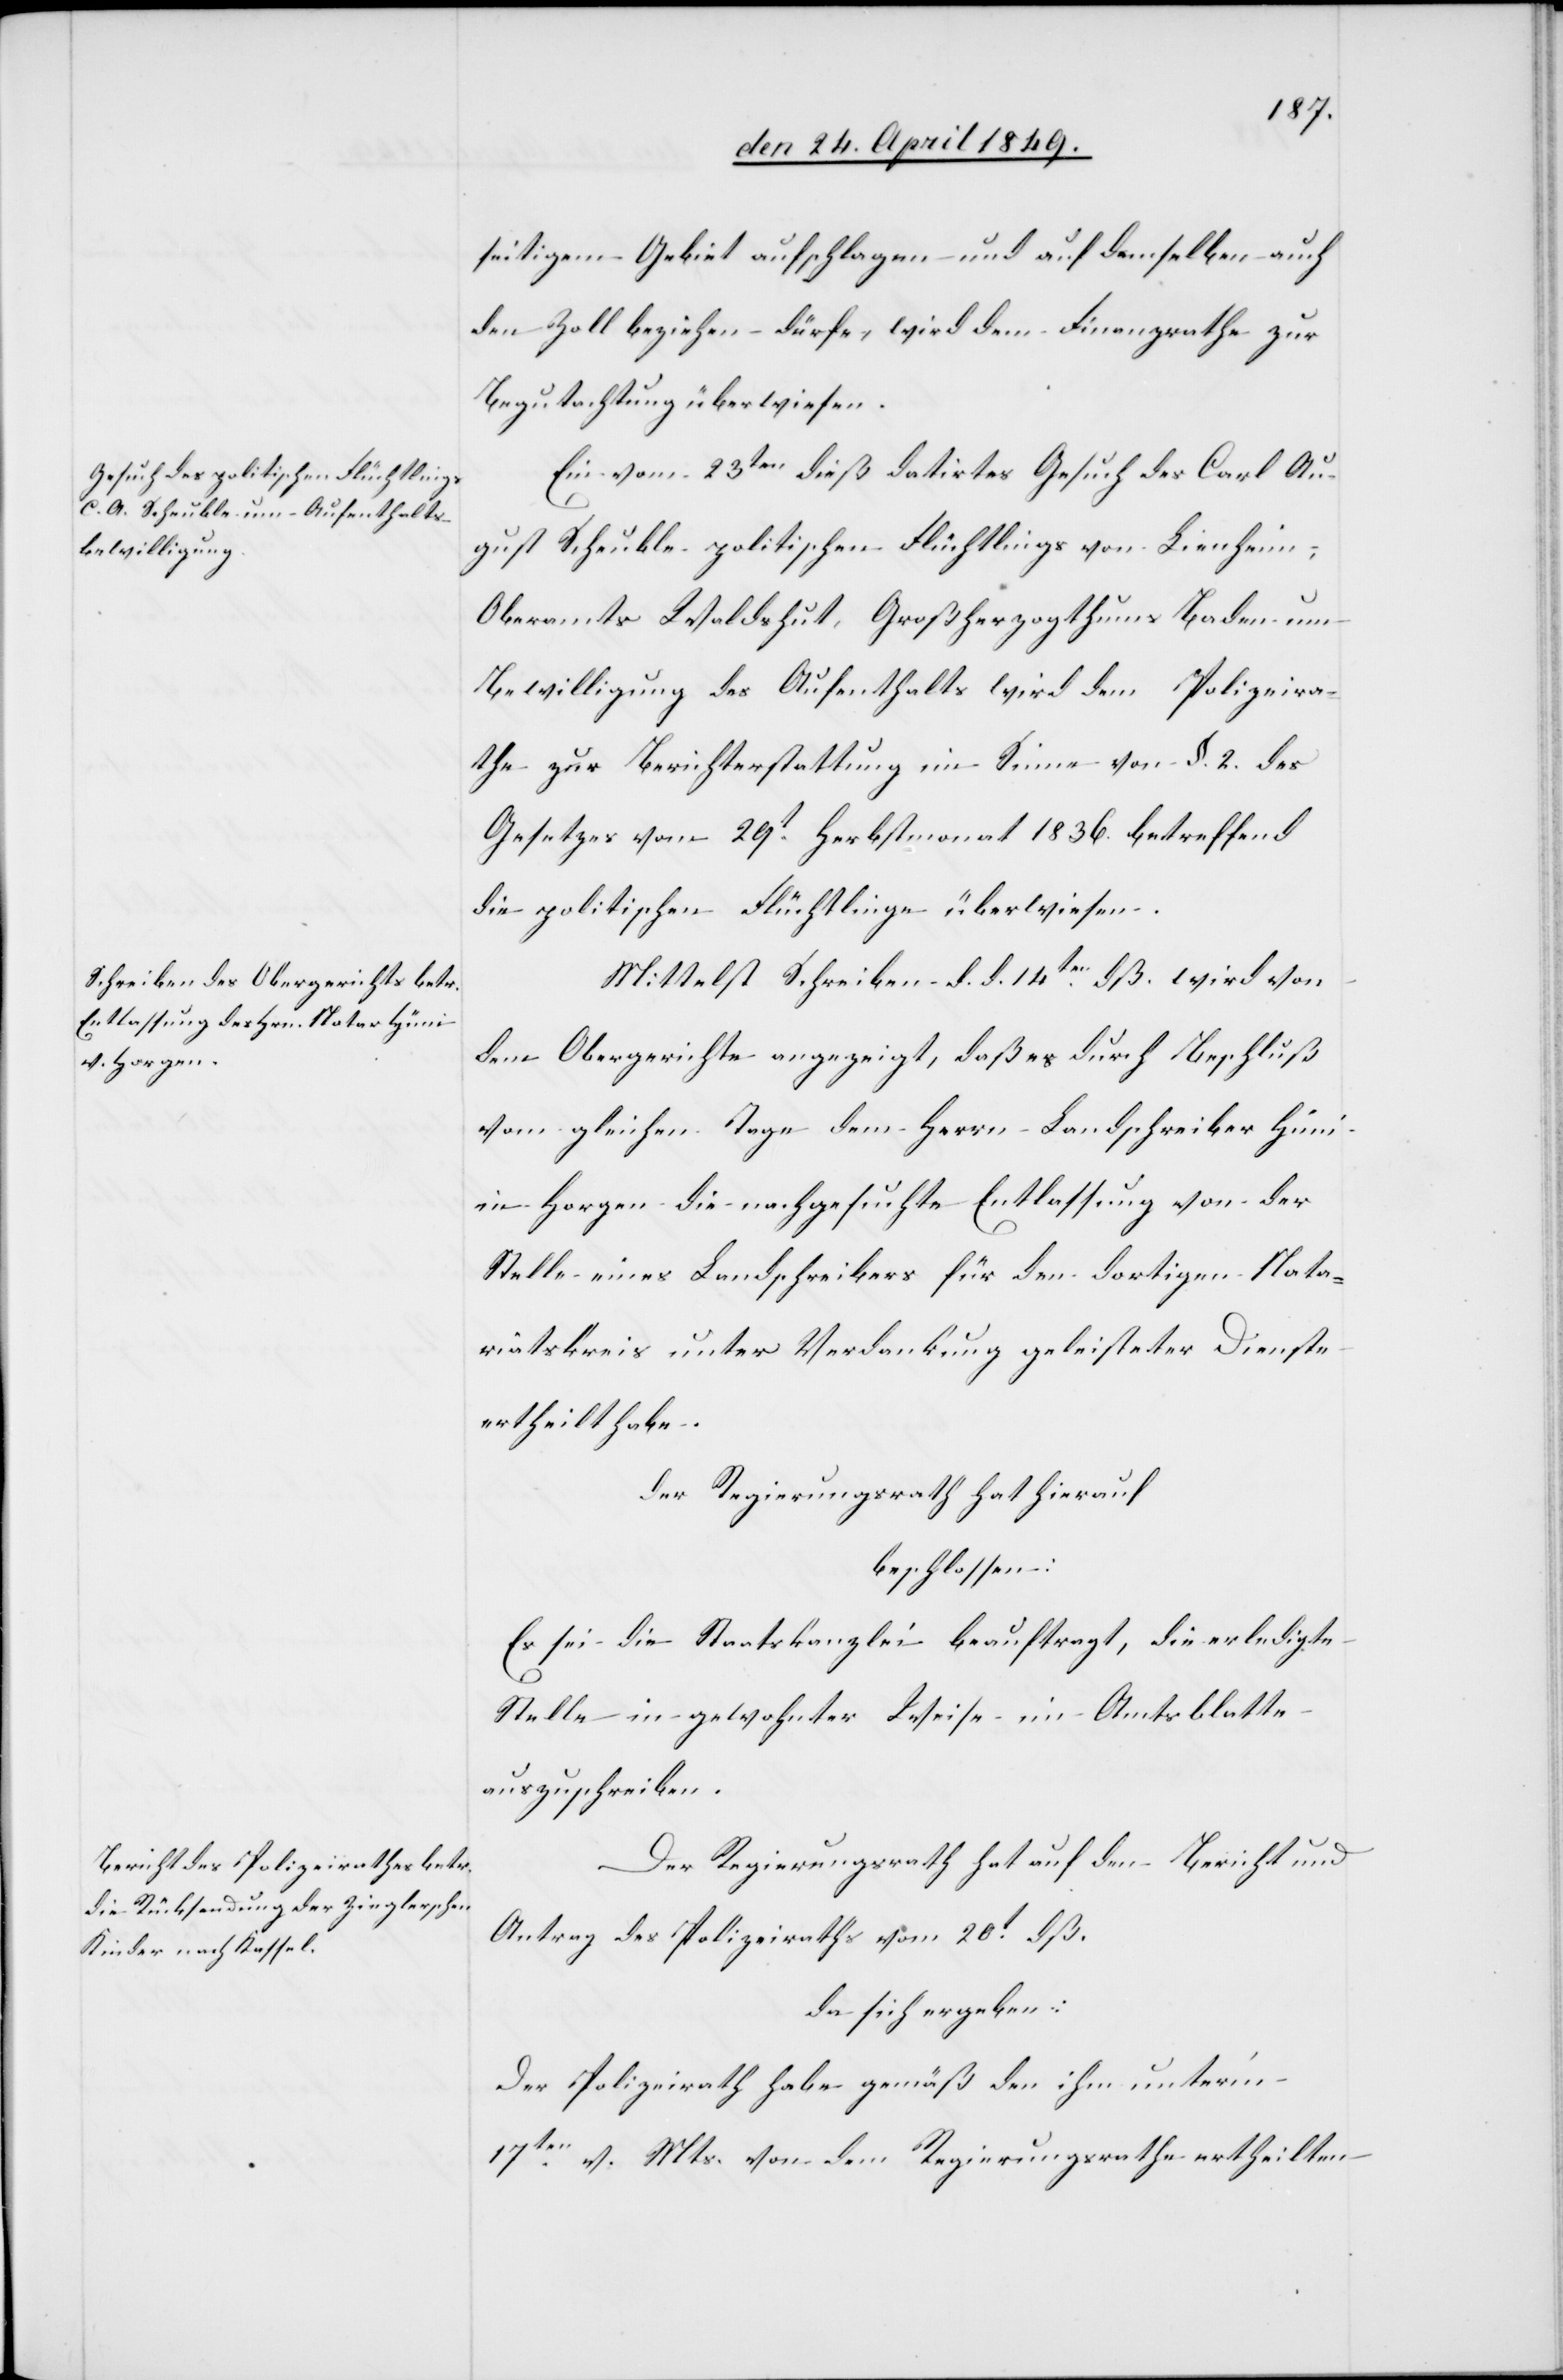
seitigem Gebiet aufschlagen und auf demselben auch
den Zoll beziehen dürfe, wird dem Finanzrathe zur
Begutachtung überwiesen.
Ein vom 23ten dieß datirtes Gesuch des Carl Au¬
gust Scheuble politischen Flüchtlings von Lienheim,
Oberamts Waldshut, Großherzogthums Baden um
Bewilligung des Aufenthalts wird dem Polizeira¬
the zur Berichterstattung im Sinne von §. 2. des
Gesetzes vom 29t Herbstmonat 1836. betreffend
die politischen Flüchtlinge überwiesen.
Mittelst Schreiben d. d. 14ten dß. wird von
dem Obergerichte angezeigt, daß es durch Beschluß
vom gleichen Tage dem Herrn Landschreiber Hüni
in Horgen die nachgesuchte Entlassung von der
Stelle eines Landschreibers für den dortigen Nata¬
riatskreis [sic!] unter Verdankung geleisteter Dienste
ertheilt habe.
Der Regierungsrath hat hierauf
beschlossen:
Es sei die Staatskanzlei beauftragt, die erledigte
Stelle in gewohnter Weise im Amtsblatte
auszuschreiben.
Der Regierungsrath hat auf den Bericht und
Antrag des Polizeirathes vom 20t dß.
da sich ergeben:
Der Polizeirath habe gemäß den ihm unterm
17ten v. Mts. von dem Regierungsrathe ertheilten